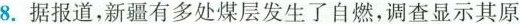
8.据报道，新疆有多处煤层发生了自燃，调查显示其原